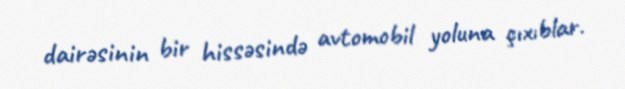
dairəsinin bir hissəsində avtomobil yoluna çıxıblar.